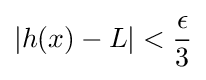
\left|h(x)-L\right|<{\frac {\epsilon }{3}}